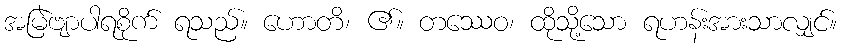
အမြဲဗျာပါရစိုက် ရသည်။ ဟောတိ၊ ၏။ တဿေဝ၊ ထိုသို့သော ရဟန်းအားသာလျှင်။